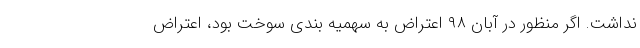
نداشت. اگر منظور در آبان ۹۸ اعتراض به سهمیه بندی سوخت بود، اعتراض